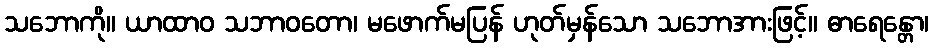
သဘောကို။ ယာထာဝ သဘာဝတော၊ မဖောက်မပြန် ဟုတ်မှန်သော သဘောအားဖြင့်။ ဓာရေန္တော၊